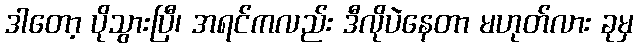
ဒါတော့ ပိုသွားပြီ၊ အရင်ကလည်း ဒီလိုပဲနေတာ မဟုတ်လား ခုမှ